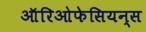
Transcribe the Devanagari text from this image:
ऑरिओफेसियन्स